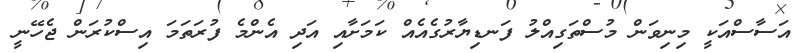
އަސާސްއަކީ މިނިވަން މުސްތަގިއްލު ފަނޑިޔާރުގެއެއް ކަމަށާއި އަދި އެންމެ ފުރަތަމަ އިސްކުރަން ޖެހޭނީ